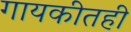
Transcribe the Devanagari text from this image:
गायकीतही